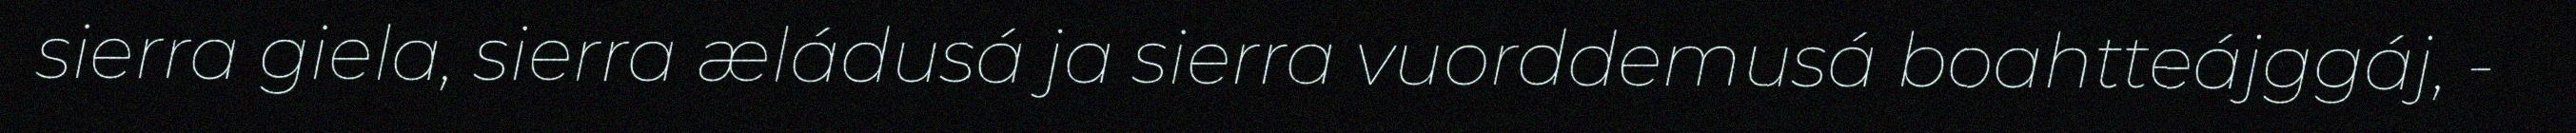
sierra giela, sierra æládusá ja sierra vuorddemusá boahtteájggáj, -